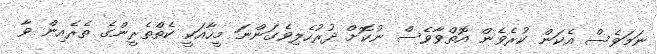
ނަމަވެސް އެކަން ކުރެވެން އޮތްވާވެސް ނުކޮށް ދުރުހެލިވެގަންނަ މީހާއަކީ ކެތްތެރީންގެ ތެރެއިން ވާ